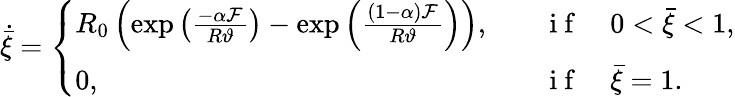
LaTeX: \dot{\bar{\xi}}=\left\{ \begin{array}{ll}{R_{0}\left(\exp\left(\frac{-\alpha\mathcal{F}}{R\vartheta}\right)-\exp\left(\frac{(1-\alpha)\mathcal{F}}{R\vartheta}\right)\right),}&{\quad\mathrm{~i~f~}\quad 0<\bar{\xi}<1,}\\ {0,}&{\quad\mathrm{~i~f~}\quad\bar{\xi}=1.}\end{array}\right.